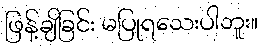
ဖြန့်ချိခြင်း မပြုရသေးပါဘူး။